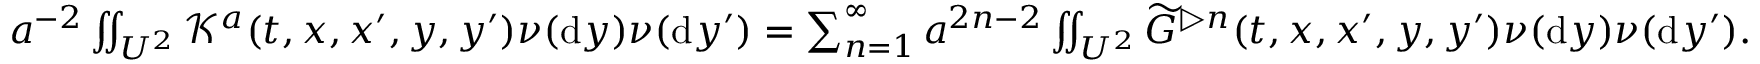
\begin{array} { r } { a ^ { - 2 } \iint _ { U ^ { 2 } } \mathcal { K } ^ { a } ( t , x , x ^ { \prime } , y , y ^ { \prime } ) \nu ( \ensuremath { \mathrm { d } } y ) \nu ( \ensuremath { \mathrm { d } } y ^ { \prime } ) = \sum _ { n = 1 } ^ { \infty } a ^ { 2 n - 2 } \iint _ { U ^ { 2 } } \widetilde { G } ^ { \triangleright n } ( t , x , x ^ { \prime } , y , y ^ { \prime } ) \nu ( \ensuremath { \mathrm { d } } y ) \nu ( \ensuremath { \mathrm { d } } y ^ { \prime } ) . } \end{array}